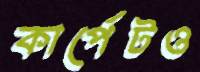
কার্পেটও